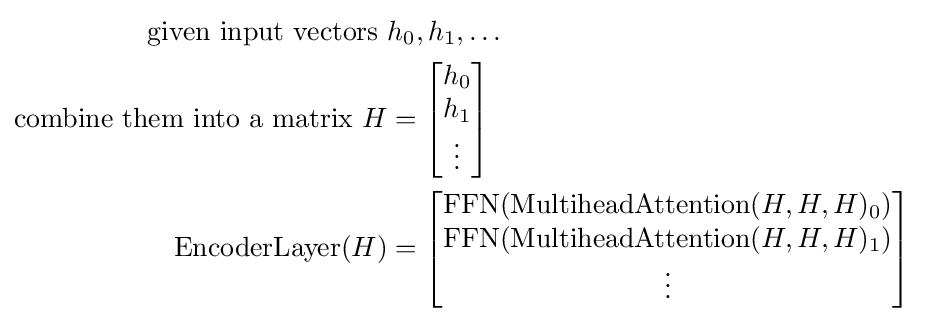
{\begin{aligned}{\text{given input vectors }}&h_{0},h_{1},\dots \\{\text{combine them into a matrix }}H&={\begin{bmatrix}h_{0}\\h_{1}\\\vdots \end{bmatrix}}\\{\text{EncoderLayer}}(H)&={\begin{bmatrix}{\text{FFN}}({\text{MultiheadAttention}}(H,H,H)_{0})\\{\text{FFN}}({\text{MultiheadAttention}}(H,H,H)_{1})\\\vdots \end{bmatrix}}\\\end{aligned}}